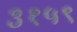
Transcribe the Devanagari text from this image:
३१५९